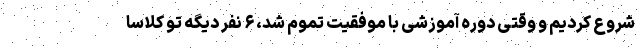
شروع کردیم و وقتی دوره آموزشی با موفقیت تموم شد، ۶ نفر دیگه تو کلاسا